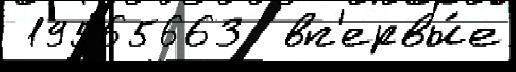
 19565663  вп'ервы́е